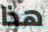
هذا